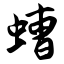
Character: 螬